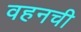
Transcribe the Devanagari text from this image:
वहनची